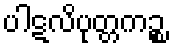
ပါဋလိပုတ္တကဉ္စ